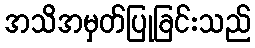
အသိအမှတ်ပြုခြင်းသည်